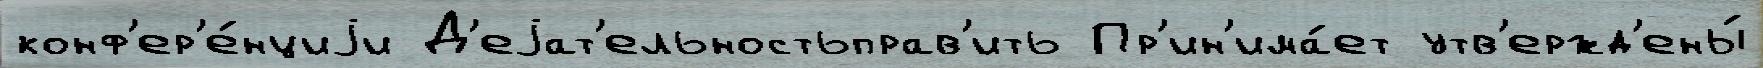
конф'ер'е́нциjи Д'еjат'ельностьправ'ить Пр'ин'има́ет утв'ержд'ены́